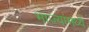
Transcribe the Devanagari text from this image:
भाज्यांमध्ये